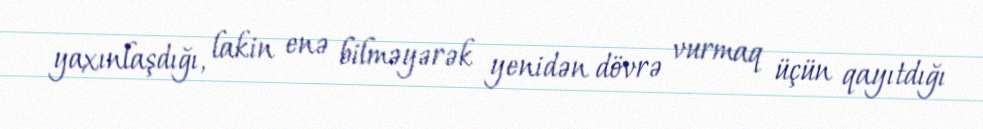
yaxınlaşdığı, lakin enə bilməyərək yenidən dövrə vurmaq üçün qayıtdığı